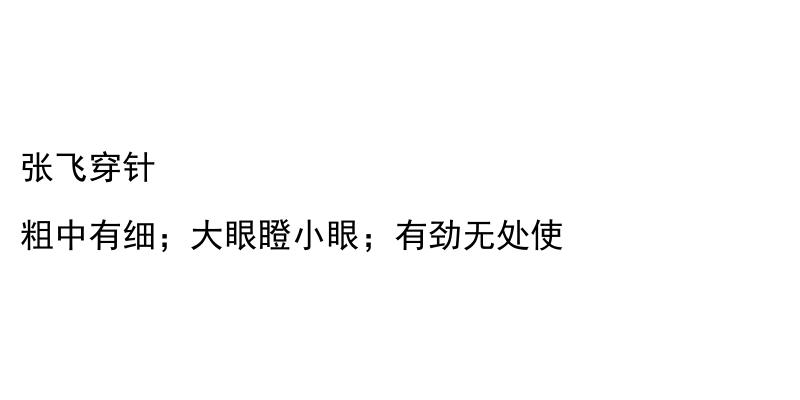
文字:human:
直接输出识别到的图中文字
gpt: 张飞穿针 粗中有细；大眼瞪小眼；有劲无处使